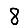
Digit: 8